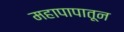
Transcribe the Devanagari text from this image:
महापापातून